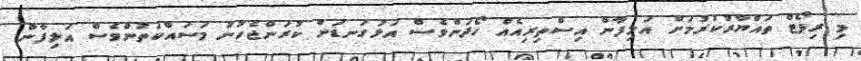
މި ރިޕޯޓް ތައްޔާރުކުރުމަށް އަލިފާން އިސްތިރިއެއް ހޯދަންވެސް އަޅުގަނޑަށް ކުރަންޖެހުނު މަސައްކަތުންވެސް އަލިފާން